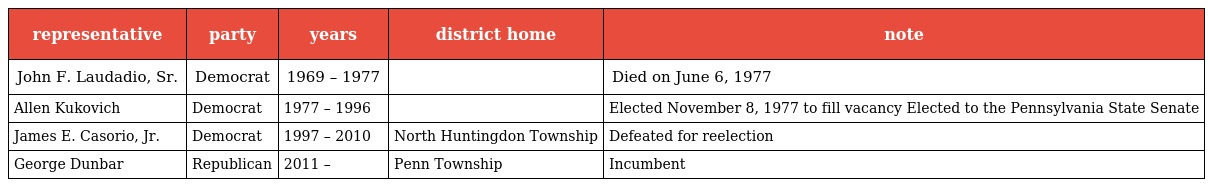
| representative | party | years | district home | note |
 | --- | --- | --- | --- | --- |
 | John F. Laudadio, Sr. | Democrat | 1969 – 1977 |  | Died on June 6, 1977 |
 | Allen Kukovich | Democrat | 1977 – 1996 |  | Elected November 8, 1977 to fill vacancy Elected to the Pennsylvania State Senate |
 | James E. Casorio, Jr. | Democrat | 1997 – 2010 | North Huntingdon Township | Defeated for reelection |
 | George Dunbar | Republican | 2011 – | Penn Township | Incumbent |